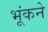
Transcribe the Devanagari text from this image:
भूंकने